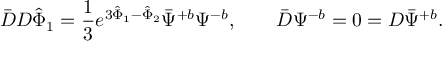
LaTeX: \bar { D } D { \hat { \Phi } } _ { 1 } = { \frac { 1 } { 3 } } e ^ { 3 { \hat { \Phi } } _ { 1 } - { \hat { \Phi } } _ { 2 } } \bar { \Psi } ^ { + b } \Psi ^ { - b } , \qquad \bar { D } \Psi ^ { - b } = 0 = D \bar { \Psi } ^ { + b } .